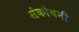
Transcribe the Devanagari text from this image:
संकोचनी